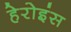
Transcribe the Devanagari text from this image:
हेरोइंस